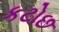
કટોછ